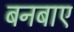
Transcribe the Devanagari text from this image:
बनबाए